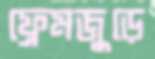
ফ্রেমজুড়ে